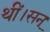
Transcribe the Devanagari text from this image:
थीं।सन्